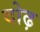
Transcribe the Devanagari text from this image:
दोढ़